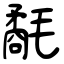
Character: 氄